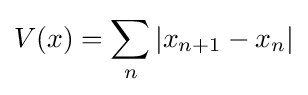
V(x)=\sum _{n}|x_{n+1}-x_{n}|